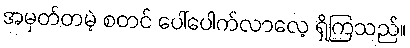
အမှတ်တမဲ့ စတင် ပေါ်ပေါက်လာလေ့ ရှိကြသည်။